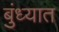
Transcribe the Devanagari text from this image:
बुंध्यात